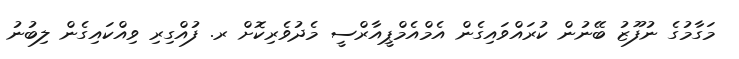
މަގާމުގެ ނުފޫޒު ބޭނުން ކުރައްވައިގެން އެމްއެމްޕީއާރްސީ މެދުވެރިކޮށް ރ. ފުއްގިރި ވިއްކައިގެން ލިބުނު